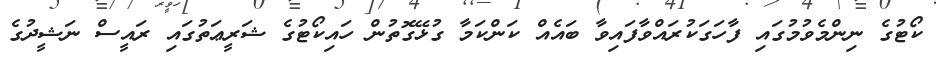
ކޯޓުގެ ނިންމެވުމުގައި ފާހަގަކުރައްވާފައިވާ ބައެއް ކަންކަމާ ގުޅޭގޮތުން ހައިކޯޓުގެ ޝަރީޢަތުގައި ރައީސް ނަޝީދުގެ